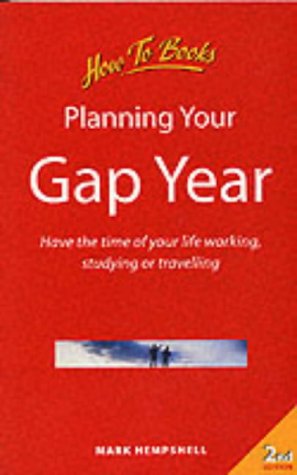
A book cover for Planning Your Gap Year: Have the Time of Your Life Working, Studying or Travelling; Mark Hempshell; Travel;